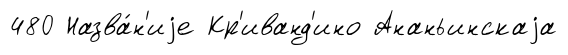
480 Назва́н'иjе Кр'иванд'ино Ананьинскаjа